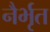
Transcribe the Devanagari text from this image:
नैर्भृत